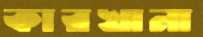
কারখানা